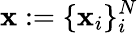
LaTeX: \mathbf{x}:=\{ \mathbf{x}_{i}\} _{i}^{N}